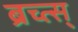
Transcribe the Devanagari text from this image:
ब्रच्त्स्